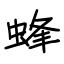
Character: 蜂